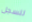
للسجل